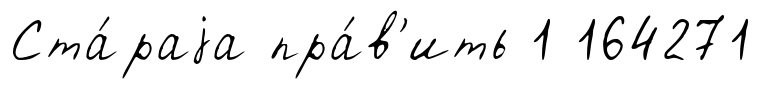
Ста́раjа пра́в'ить 1 164271